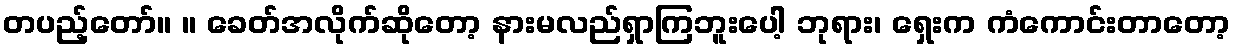
တပည့်တော်။ ။ ခေတ်အလိုက်ဆိုတော့ နားမလည်ရှာကြဘူးပေါ့ ဘုရား၊ ရှေးက ကံကောင်းတာတော့